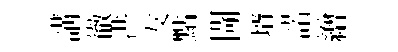
講徹洪友點閜壻諾繒